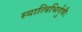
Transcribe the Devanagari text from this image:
स्यात्त्रिभिर्गुणैः